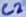
Text: C2